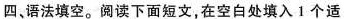
四、语法填空。阅读下面短文，在空白处填入1 个适